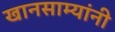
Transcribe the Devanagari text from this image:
खानसाम्यांनी